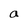
Character: a